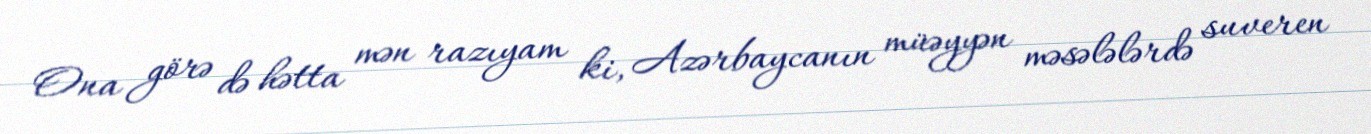
Ona görə də hətta mən razıyam ki, Azərbaycanın müəyyən məsələlərdə suveren